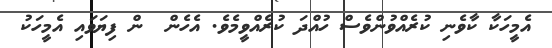
އެމީހަކާ ކާވެނި ކުރެއްވުންވެސް ހުއްދަ ކުރެއްވީމެވެ. އެހެން  ން ފިޔަވައި އެމީހަކު